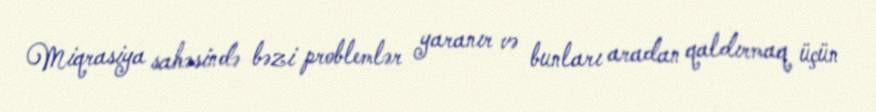
Miqrasiya sahəsində bəzi problemlər yaranır və bunları aradan qaldırmaq üçün